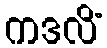
ကဒလိံ